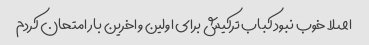
اصلا خوب نبود کباب ترکیش برای اولین و اخرین بار امتحان کردم